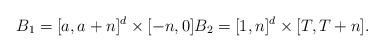
LaTeX: \begin{align*}B_{1}=[a,a+n]^{d} \times [-n,0] B_{2}=[1,n]^{d} \times [T,T+n].\end{align*}